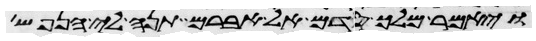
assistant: ויאמר מלך סדם אל אברם תנה לי הנפש